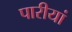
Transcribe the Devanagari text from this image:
पारीयां